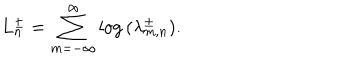
LaTeX: L _ { n } ^ { \pm } = \sum _ { m = - \infty } ^ { \infty } \log \, ( \lambda _ { m , n } ^ { \pm } ) .